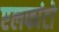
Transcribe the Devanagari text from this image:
एलफांटो